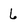
Character: 6